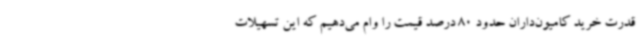
قدرت خرید کامیون‌داران حدود 80 درصد قیمت را وام می‌دهیم که این تسهیلات